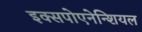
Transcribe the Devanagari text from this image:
इक्सपोएनेन्शियल